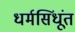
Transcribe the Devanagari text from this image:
धर्मसिंधूंत